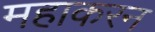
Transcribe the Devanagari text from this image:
महाकरन